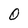
Character: 0